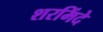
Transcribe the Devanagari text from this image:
शरमिंदे